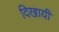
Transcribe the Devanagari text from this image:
दिखायीं